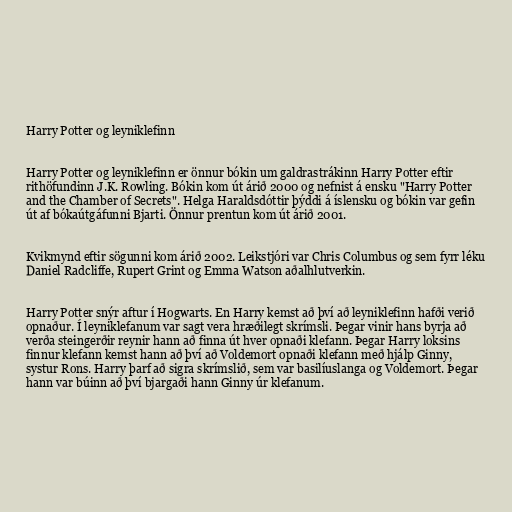
Harry Potter og leyniklefinn

Harry Potter og leyniklefinn er önnur bókin um galdrastrákinn Harry Potter eftir
rithöfundinn J.K. Rowling. Bókin kom út árið 2000 og nefnist á ensku "Harry Potter
and the Chamber of Secrets". Helga Haraldsdóttir þýddi á íslensku og bókin var gefin
út af bókaútgáfunni Bjarti. Önnur prentun kom út árið 2001.

Kvikmynd eftir sögunni kom árið 2002. Leikstjóri var Chris Columbus og sem fyrr léku
Daniel Radcliffe, Rupert Grint og Emma Watson aðalhlutverkin.

Harry Potter snýr aftur í Hogwarts. En Harry kemst að því að leyniklefinn hafði verið
opnaður. Í leyniklefanum var sagt vera hræðilegt skrímsli. Þegar vinir hans byrja að
verða steingerðir reynir hann að finna út hver opnaði klefann. Þegar Harry loksins
finnur klefann kemst hann að því að Voldemort opnaði klefann með hjálp Ginny,
systur Rons. Harry þarf að sigra skrímslið, sem var basilíuslanga og Voldemort. Þegar
hann var búinn að því bjargaði hann Ginny úr klefanum.